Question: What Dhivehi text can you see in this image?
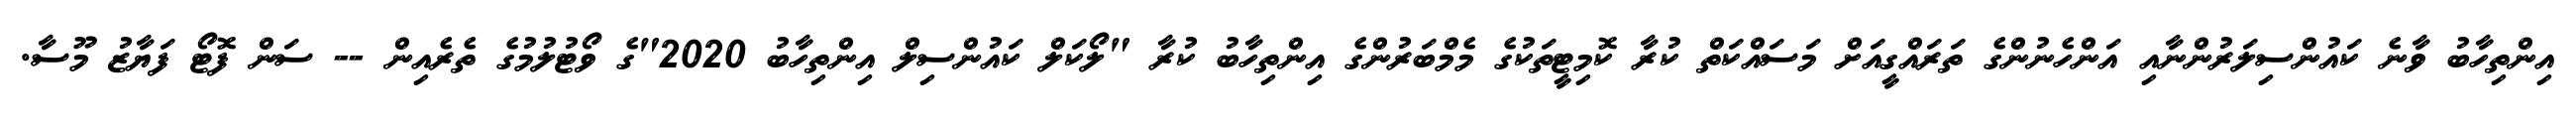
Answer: އިންތިހާބު ވާނެ ކައުންސިލަރުންނާއި އަންހެނުންގެ ތަރައްގީއަށް މަސައްކަތް ކުރާ ކޮމިޓީތަކުގެ މެމްބަރުންގެ އިންތިހާބު ކުރާ "ލޯކަލް ކައުންސިލް އިންތިހާބު 2020"ގެ ވޯޓުލުމުގެ ތެރެއިން -- ސަން ފޮޓޯ ފަޔާޒު މޫސާ.